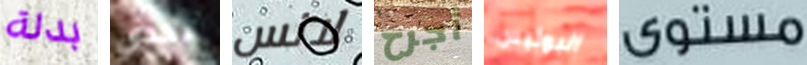
بدلة تحدي لانس أجرح البوليس مستوى